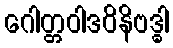
ဂေါတ္တဝါဒဝိနိဗဒ္ဓါ